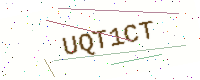
Text: UQT1CT